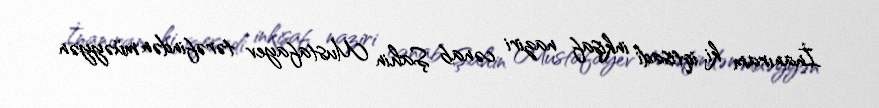
İnanıram ki, iqtisadi inkişaf naziri cənab Şahin Mustafayev tərəfindən müəyyən